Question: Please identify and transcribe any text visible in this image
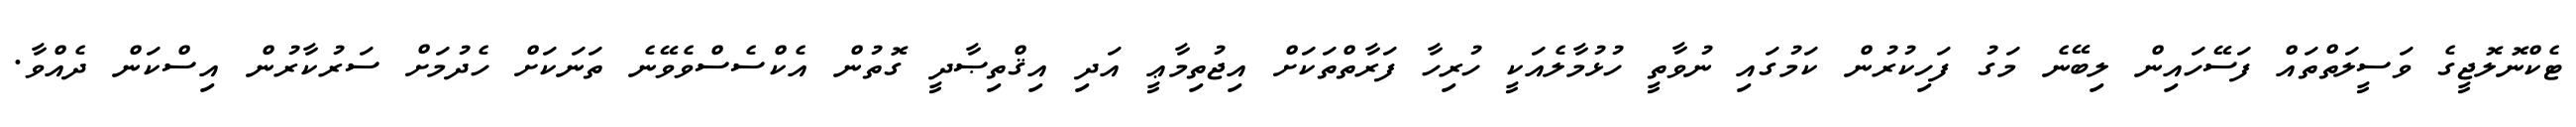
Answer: ޓެކްނޮލޮޖީގެ ވަސީލަތްތައް ފަސޭހައިން ލިބޭނެ މަގު ފަހިކުރުން ކަމުގައި ނުވާތީ ހުޅުމާލެއަކީ ހުރިހާ ފަރާތްތަކަށް އިޖުތިމާޢީ އަދި އިޤްތިޞާދީ ގޮތުން އެކްސެސްވެވޭނެ ތަނަކަށް ހެދުމަށް ސަރުކާރުން އިސްކަން ދެއްވާ.